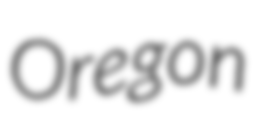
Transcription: Oregon